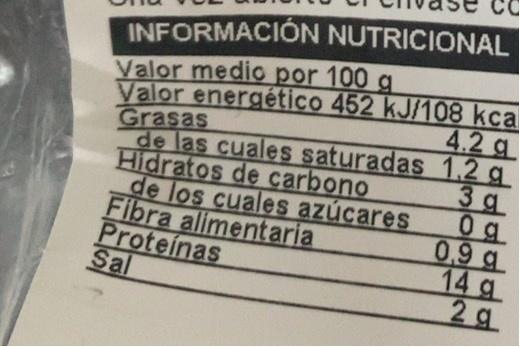
INFORMACION NUTRICIONAL Valor medio por 100 g Valor energético 452 kJ/108 kca Grasas de las cuales saturadas 1.2 g Hidratos de carbono de los cuales azúcares Fibra alimentaria Proteínas Sal
4.2 g
3 g 0g 0.9 g 14 g 2 g